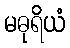
မဓုရိယံ